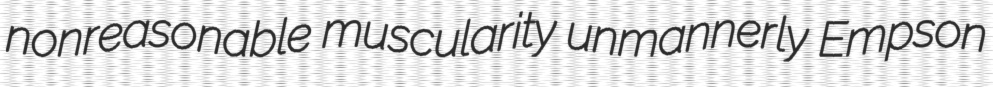
nonreasonable muscularity unmannerly Empson